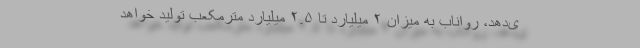
ی‌دهد، رواناب به میزان ۲ میلیارد تا ۲.۵ میلیارد مترمکعب تولید خواهد